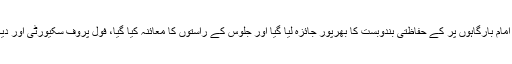
نشست کے اختتام پر اجتماعی دعا کی گئ، جس کے بعد امام بارگاہوں پر کے حفاظتی بندوبست کا بھرپور جائزہ لیا گیا اور جلوس کے راستوں کا معائنہ کیا گیا، فول پروف سکیورٹی اور دیگر انتظامات کے لیے تمام ضروری ہدایات جاری کیے۔